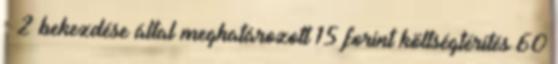
§ 2 bekezdése által meghatározott 15 forint költségtérítés 60